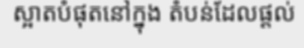
ស្អាតបំផុតនៅក្នុង តំបន់ដែលផ្តល់